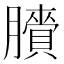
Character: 𦢒